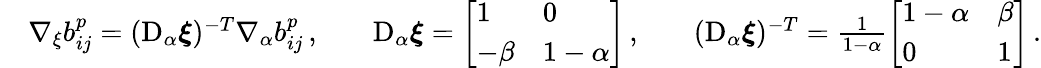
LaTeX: \begin{array}{rlrlrl}&{\nabla_{\xi}b_{ij}^{p}=(\mathrm{D}_{\alpha}\boldsymbol{\xi})^{-T}\nabla_{\alpha}b_{ij}^{p}\, ,}&&{\mathrm{D}_{\alpha}\boldsymbol{\xi}=\left[\begin{array}{ll}{1}&{0}\\ {-\beta}&{1-\alpha}\end{array}\right]\, ,}&&{(\mathrm{D}_{\alpha}\boldsymbol{\xi})^{-T}=\frac{1}{1-\alpha}\left[\begin{array}{ll}{1-\alpha}&{\beta}\\ {0}&{1}\end{array}\right]\, .}\end{array}